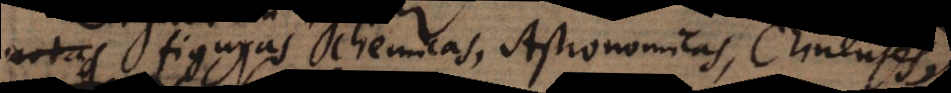
literas, figuras chemicas, Astronomicas, Chinenses,